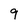
Character: 9